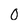
Character: 0